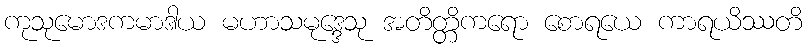
ကုသုမောဒကမာဒါယ မဟာသမုဒ္ဒေသု အတိတ္တိကရော စောရယေ ကာရယိဿတိ